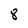
Character: 8